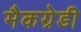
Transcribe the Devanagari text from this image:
मैकग्रेडी